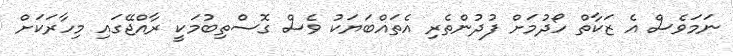
ނަމަވެސް އެ ޒަކާތް ހޯދުމަށް ފުދުންތެރި އެތައްބަޔަކު ވެސް ގޮސްތިބުމަކީ ރާއްޖޭގައި މިހާރަކަށް